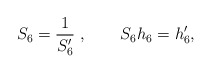
\begin{align*}S_6 = {1\over S_6^\prime}\ , \qquad S_6 h_6 = h_6^\prime,\end{align*}